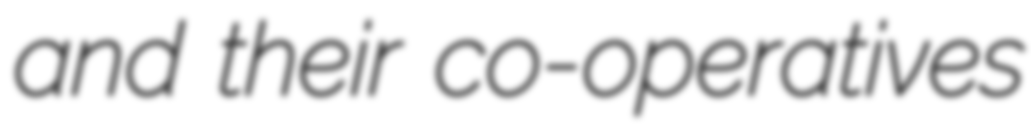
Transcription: and their co-operatives